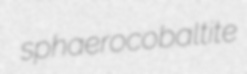
sphaerocobaltite